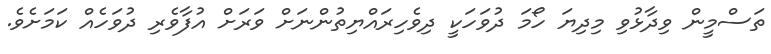
ތަސްމީން ވިދާޅުވި މިދިޔަ ހޯމަ ދުވަހަކީ ދިވެހިރައްޔިތުންނަށް ވަރަށް އުފާވެރި ދުވަހެއް ކަމަށެވެ.